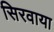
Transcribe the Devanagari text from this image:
सिरवाया